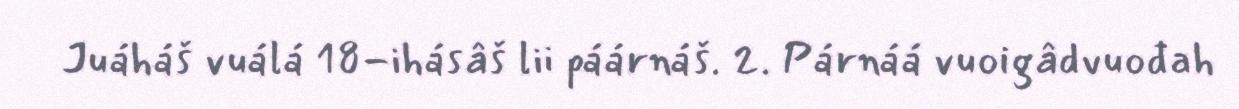
Juáháš vuálá 18-ihásâš lii páárnáš. 2. Párnáá vuoigâdvuođah